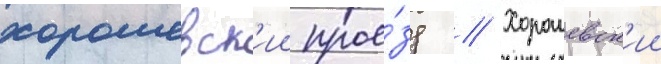
хорошевск'ии прое́зд // Хорошевск'ии